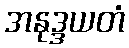
အနုဒ္ဒယတံ